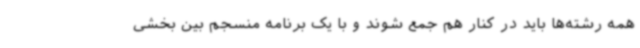
همه رشته‌ها باید در کنار هم جمع شوند و با یک برنامه منسجم بین بخشی